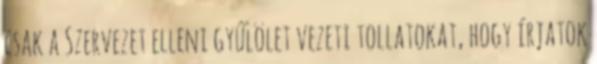
csak a Szervezet elleni gyűlölet vezeti tollatokat, hogy írjatok